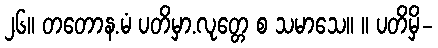
၂၆။ တတောန.မံ ပတိမှာ.လုတ္တေ စ သမာသေ။ ။ ပတိမှိ-